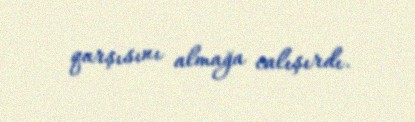
qarşısını almağa calışırdı.